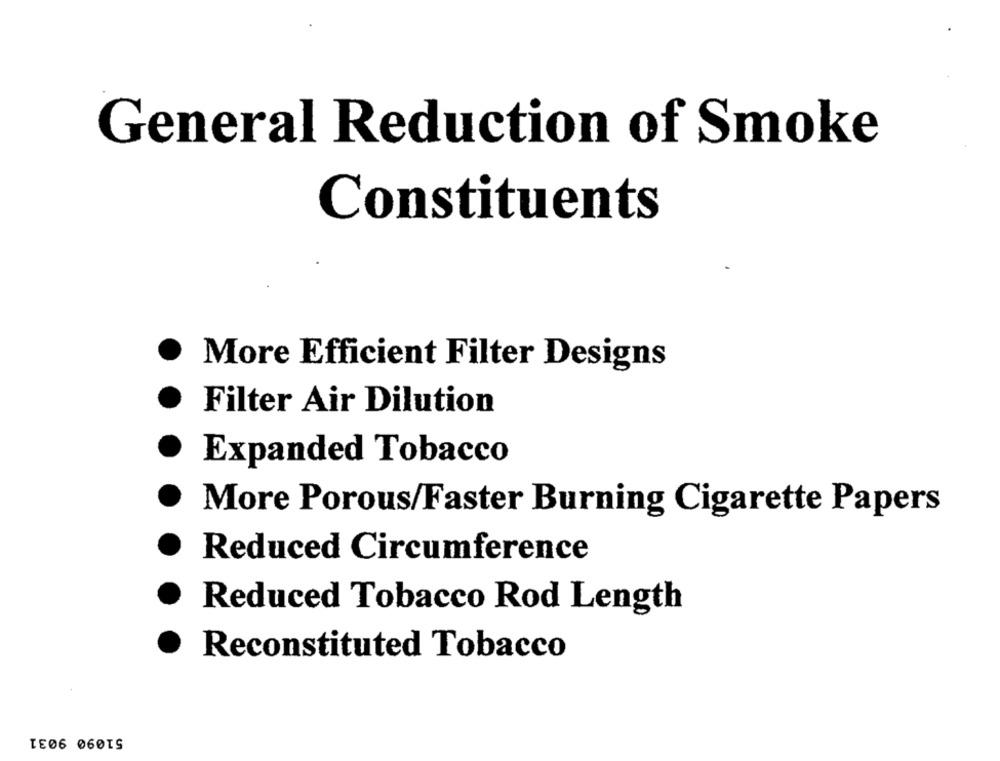
General Reduction of Smoke
Constituents
More Efficient Filter Designs
Filter Air Dilution
Expanded Tobacco
More Porous/Faster Burning Cigarette Papers
Reduced Circumference
Reduced Tobacco Rod Length
Reconstituted Tobacco